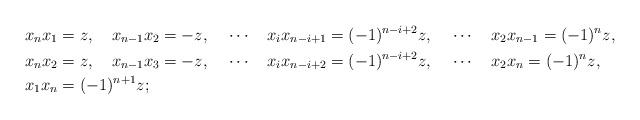
LaTeX: \begin{align*} & x_nx_1 = z, ~~~ x_{n-1}x_2 = -z, ~~~ \cdots ~~~ x_ix_{n-i+1} = (-1)^{n-i+2}z, ~~~\cdots ~~~x_2x_{n-1} = (-1)^nz, \\ & x_nx_2 = z, ~~~ x_{n-1}x_3 = -z, ~~~ \cdots ~~~ x_ix_{n-i+2} = (-1)^{n-i+2}z, ~~~\cdots ~~~x_2x_{n} = (-1)^nz, \\ & x_1x_n = (-1)^{n+1}z; \end{align*}